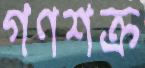
গণশক্র